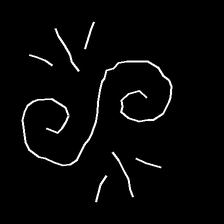
Glyph: wind-directs-air